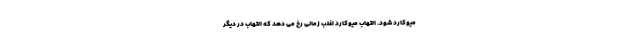
میوکارد شود. التهاب میوکارد اغلب زمانی رخ می دهد که التهاب در دیگر